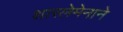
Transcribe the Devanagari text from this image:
शारलेमेनाने